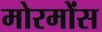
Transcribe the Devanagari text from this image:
मोरमोंस